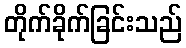
တိုက်ခိုက်ခြင်းသည်